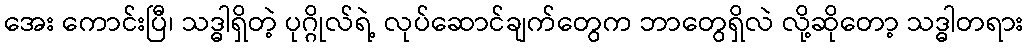
အေး ကောင်းပြီ၊ သဒ္ဓါရှိတဲ့ ပုဂ္ဂိုလ်ရဲ့ လုပ်ဆောင်ချက်တွေက ဘာတွေရှိလဲ လို့ဆိုတော့ သဒ္ဓါတရား